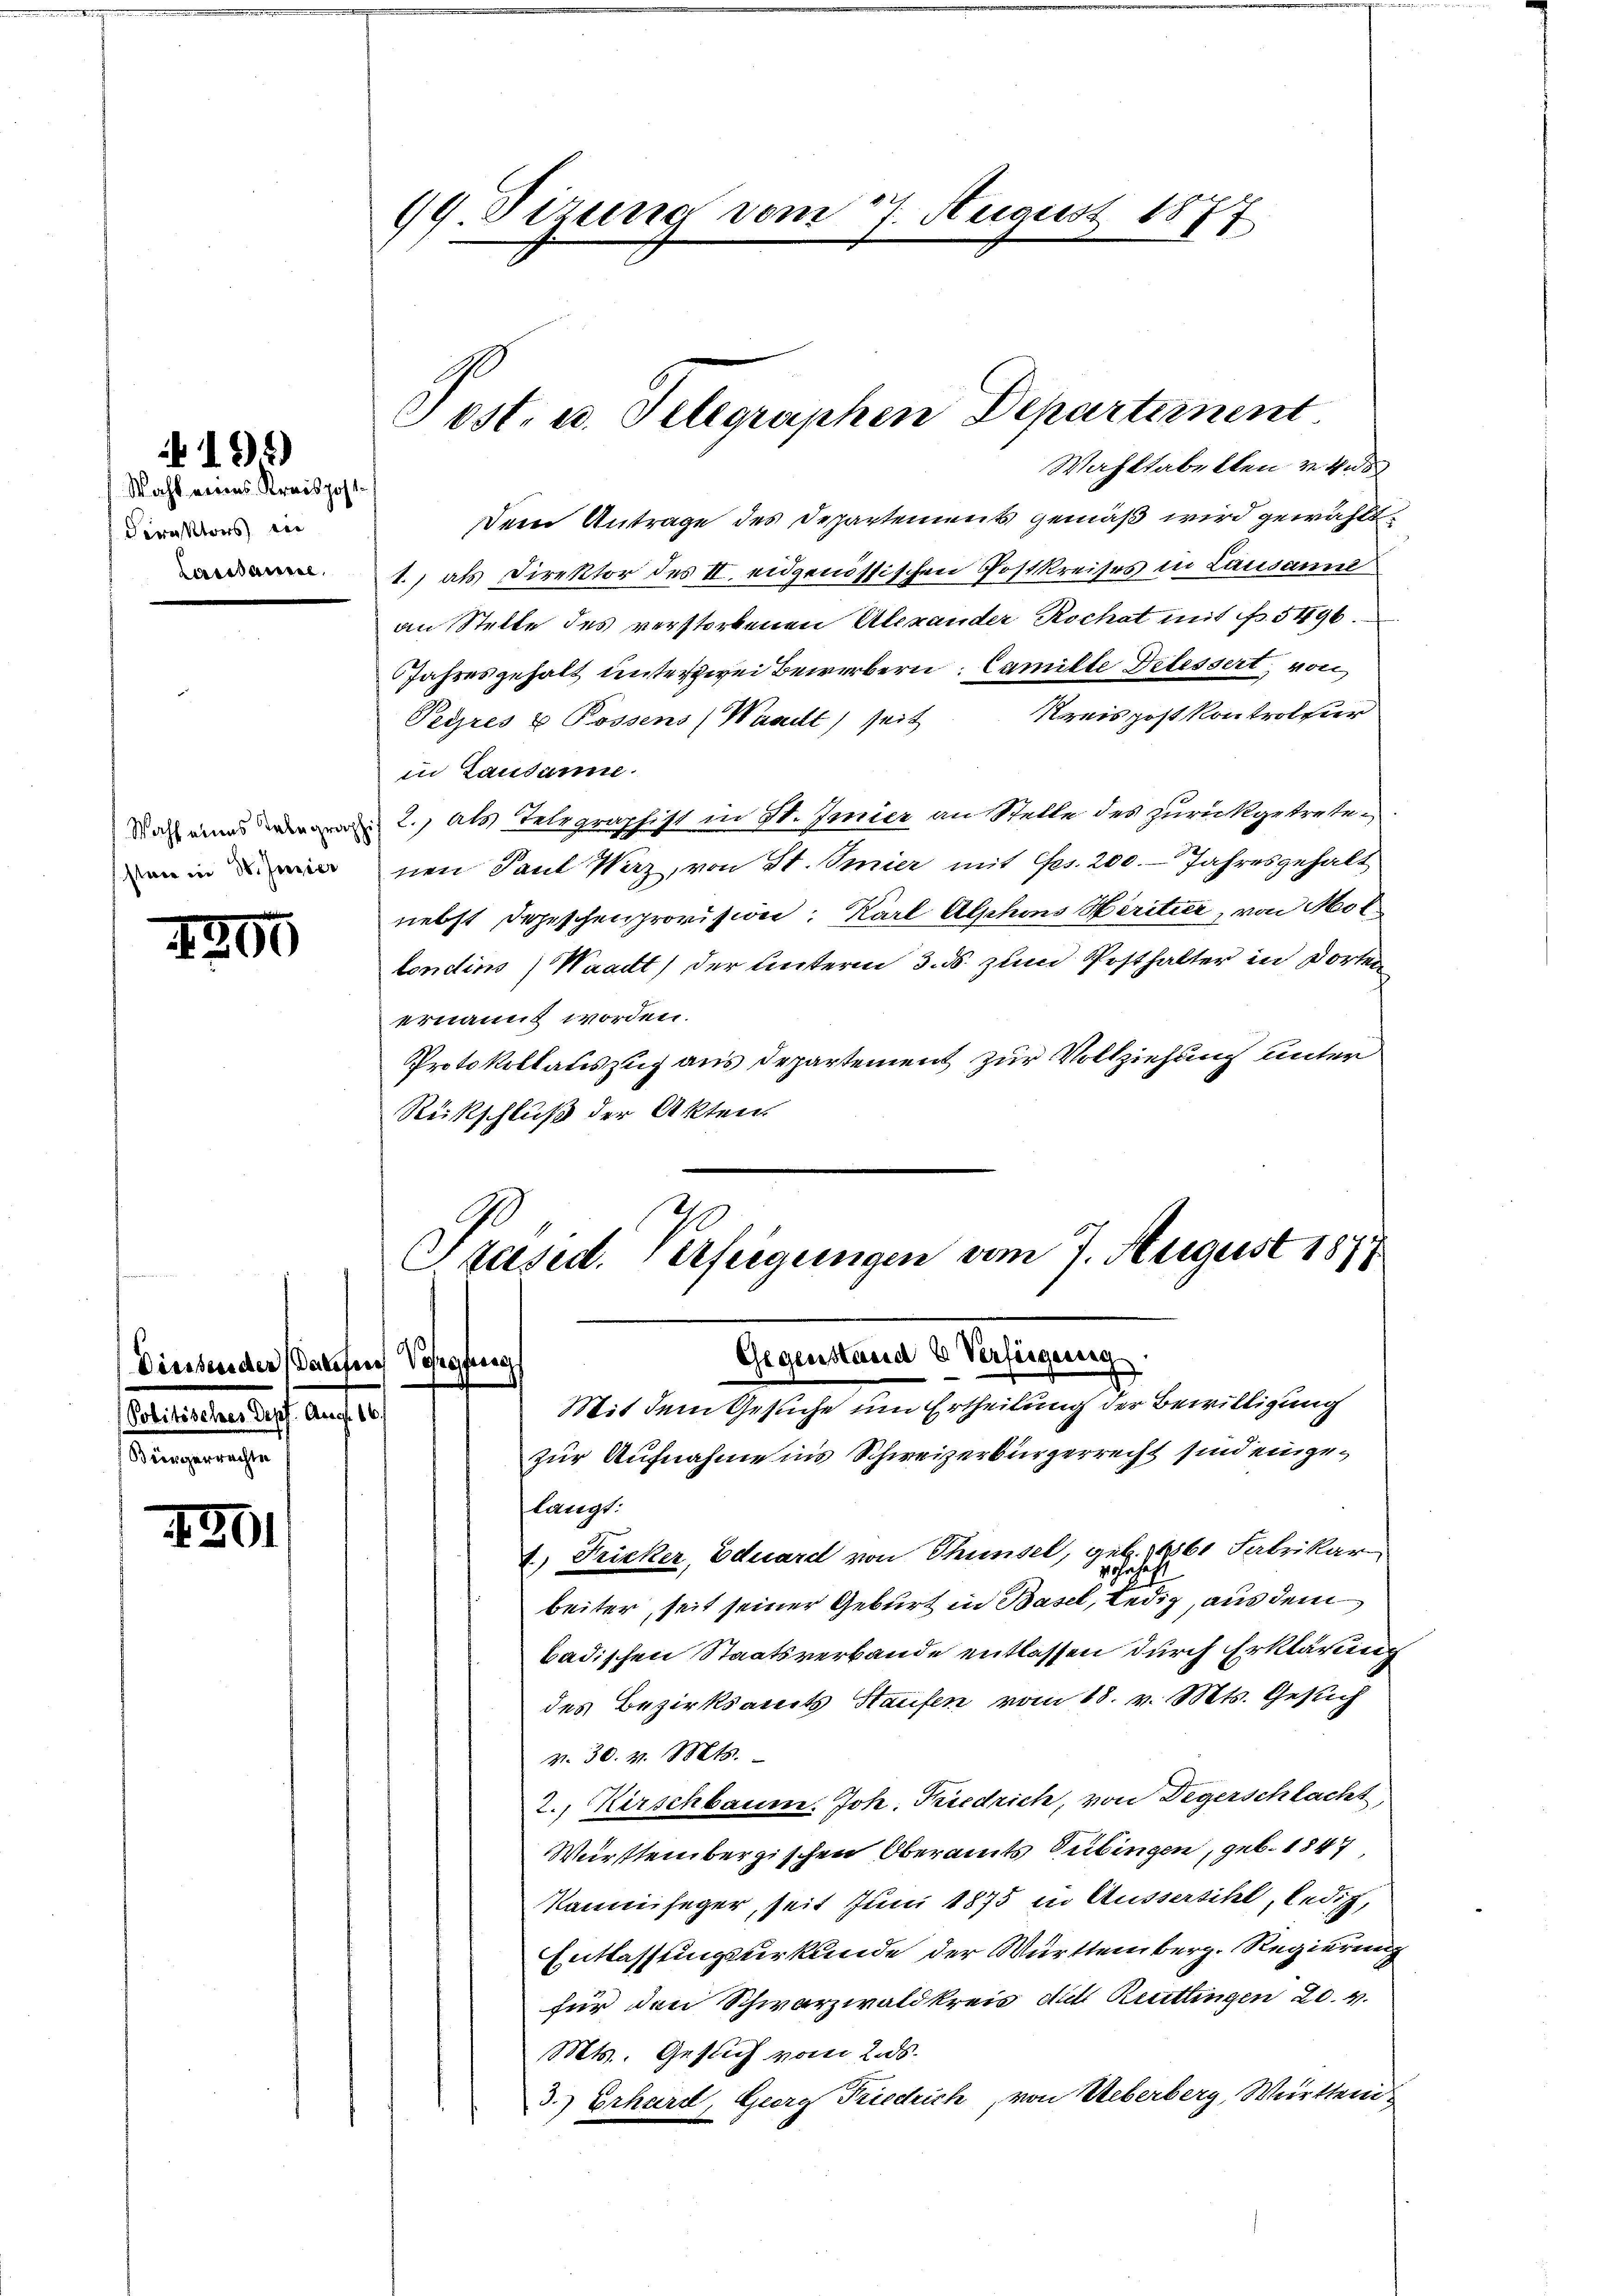
direktors in
Ceressausste.

4200

Diessers der

440.

194)
Wahl eines Kreispost.

eteuerten auf e
Bürgerrechte

19. Sizung vom 27. August 1877

Post- u. Telegraphen Departernent
Wahstabelten vnd

Dem Antrage des Departements gemäß wird gewählt:
1.) als Direktor des II. eidgenössischen Postkreises in Lausanne
an Stelle des verstorbenen Alexander Rochat mit No. 5496.
Jahresgehalt unterzwei Bewerbern: Camille Delessert, von
Peeres & Rossens Waadt) seit Kreispost Kontrollier
in Lausanne.
doch eine 2., als Telegraphist in St. Gmier an Stelle des zurückgetretein nen Paul Vaz, von St. Seier mit Ges. 200. Jahresgehalt
nebst Depeschenprovision: Karl Alphons Heritier, von Mot
londins) Waadt) der Unterm 3. ds. zum Posthalter in dorten
ernannt worden.
Protokollauszug aus Departement zur Vollziehung unter
Rückschluß der Akten.
Präsid. Verfeigungen vom 7. August 1811

zur Aufnahme ins Schweizerbürgerrecht sind eingelangt:
1.) Fricker, Eduard von Thunsel, geb. 1861 Fabrikar
14
beiter, seit seiner Geburt in Basel, ledig, aus dem
badischen Staatsverbande entlassen durch Erklärung
des Bezirksamts Haufen vom 18. v. Mts. Gesuch
v. 30. v. Mts.
2., Kirschbaum. Joh. Friedrich, von Degerschlacht,
Württembergischen Oberamts Tübingen, geb. 1847
kann sager, seit Juni 1875 in Aussersihl, ledig,
Entlassungsurkunde der Württemberg. Regierung
für den Schwarzwaldkreis die Ruittingen 20. v.
Mts. Gesich vom 2. ds.
3.) Erhard, Georg Friedrich, von Ueberberg, Württem

Gegenstand & Verfügung
Paketer Vorgesag
Mit dem Gesuche um Ertheilung der Bewilligung